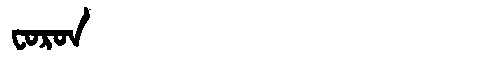
Manchu: ᠸᠣᡵᠣᠨ
Romanization: FORON